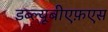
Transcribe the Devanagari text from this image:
डब्ल्यूबीएफ़एस